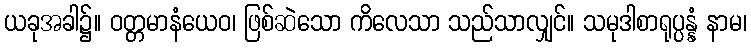
ယခုအခါ၌။ ဝတ္တမာနံယေဝ၊ ဖြစ်ဆဲသော ကိလေသာ သည်သာလျှင်။ သမုဒါစာရုပ္ပန္နံ နာမ၊